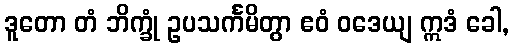
ဒူတော တံ ဘိက္ခုံ ဥပသင်္ကမိတွာ ဧဝံ ဝဒေယျ ဣဒံ ခေါ,